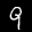
Label: 9